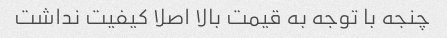
چنجه با توجه به قیمت بالا اصلا کیفیت نداشت